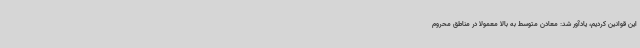
این قوانین کردیم، یادآور شد: معادن متوسط به بالا معمولا در مناطق محروم